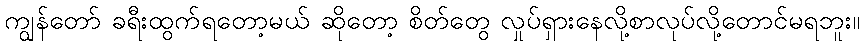
ကျွန်တော် ခရီးထွက်ရတော့မယ် ဆိုတော့ စိတ်တွေ လှုပ်ရှားနေလို့စာလုပ်လို့တောင်မရဘူး။